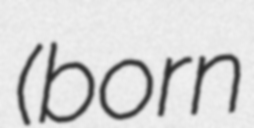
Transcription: (born